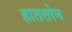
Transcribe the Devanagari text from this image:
हाततोन